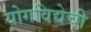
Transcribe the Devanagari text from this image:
योगविद्येची